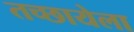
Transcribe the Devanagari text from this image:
तच्छायेला